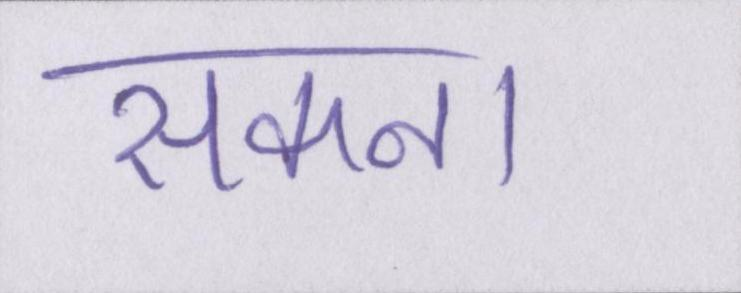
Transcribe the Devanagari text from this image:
सकना